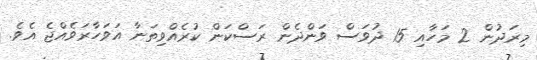
މިރަދުން 2 މަހާއި 15 ދުވަސް ވަންދެން ރަސްކަން ކުރެއްވިތަނާ އަވަހާރަވެއްޖެ އެވެ.